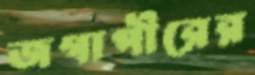
জগাপীরের